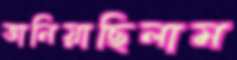
ভানিয়াছিলাম